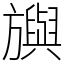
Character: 𣄣